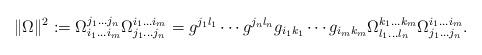
LaTeX: \begin{align*}\Vert\Omega\Vert^2:=\Omega_{i_1...i_m}^{j_1...j_n}\Omega_{j_1...j_n}^{i_1...i_m}=g^{j_1l_1}\cdots g^{j_nl_n}g_{i_1k_1}\cdots g_{i_mk_m}\Omega_{l_1...l_n}^{k_1...k_m}\Omega_{j_1...j_n}^{i_1...i_m}.\end{align*}